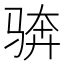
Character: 𩧼